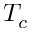
T _ { c }